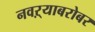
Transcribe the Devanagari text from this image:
नवऱ्याबरोबर